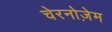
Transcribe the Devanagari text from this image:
चेरनोज़ेम